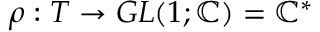
\rho : T \rightarrow G L ( 1 ; \mathbb { C } ) = \mathbb { C } ^ { * }